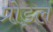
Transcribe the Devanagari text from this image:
प्रोड्ल